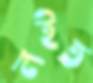
লইত